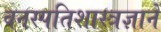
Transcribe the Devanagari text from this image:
वनस्पतिशास्त्रज्ञाने